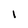
Character: 1